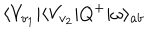
\langle V _ { v _ { 1 } } | \langle V _ { v _ { 2 } } | Q ^ { + } | \omega \rangle _ { a b }